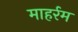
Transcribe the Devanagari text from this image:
माहर्रम